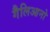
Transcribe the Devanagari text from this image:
गैलिआनो